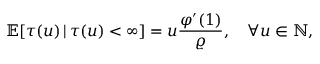
\mathbb { E } [ \tau ( u ) \, | \, \tau ( u ) < \infty ] = u \frac { \varphi ^ { \prime } ( 1 ) } { \varrho } , \quad \forall u \in \mathbb { N } ,